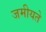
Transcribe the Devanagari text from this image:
जमीयते